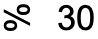
% 30